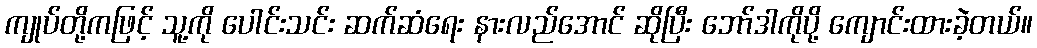
ကျုပ်တို့ကဖြင့် သူ့ကို ပေါင်းသင်း ဆက်ဆံရေး နားလည်အောင် ဆိုပြီး ဘော်ဒါကိုပို့ ကျောင်းထားခဲ့တယ်။